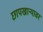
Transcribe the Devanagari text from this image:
छापखान्यावर